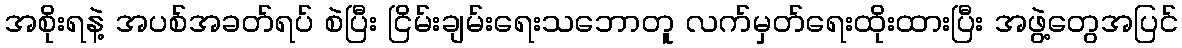
အစိုးရနဲ့ အပစ်အခတ်ရပ် စဲပြီး ငြိမ်းချမ်းရေးသဘောတူ လက်မှတ်ရေးထိုးထားပြီး အဖွဲ့တွေအပြင်